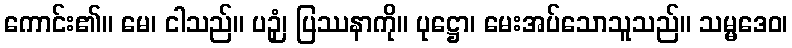
ကောင်း၏။ မေ၊ ငါသည်။ ပဉှံ၊ ပြဿနာကို။ ပုဋ္ဌော၊ မေးအပ်သောသူသည်။ သမ္မဒေဝ၊